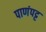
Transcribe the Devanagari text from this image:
पाणंपट्ट